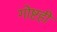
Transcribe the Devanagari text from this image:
गोष्टही